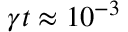
\gamma t \approx 1 0 ^ { - 3 }